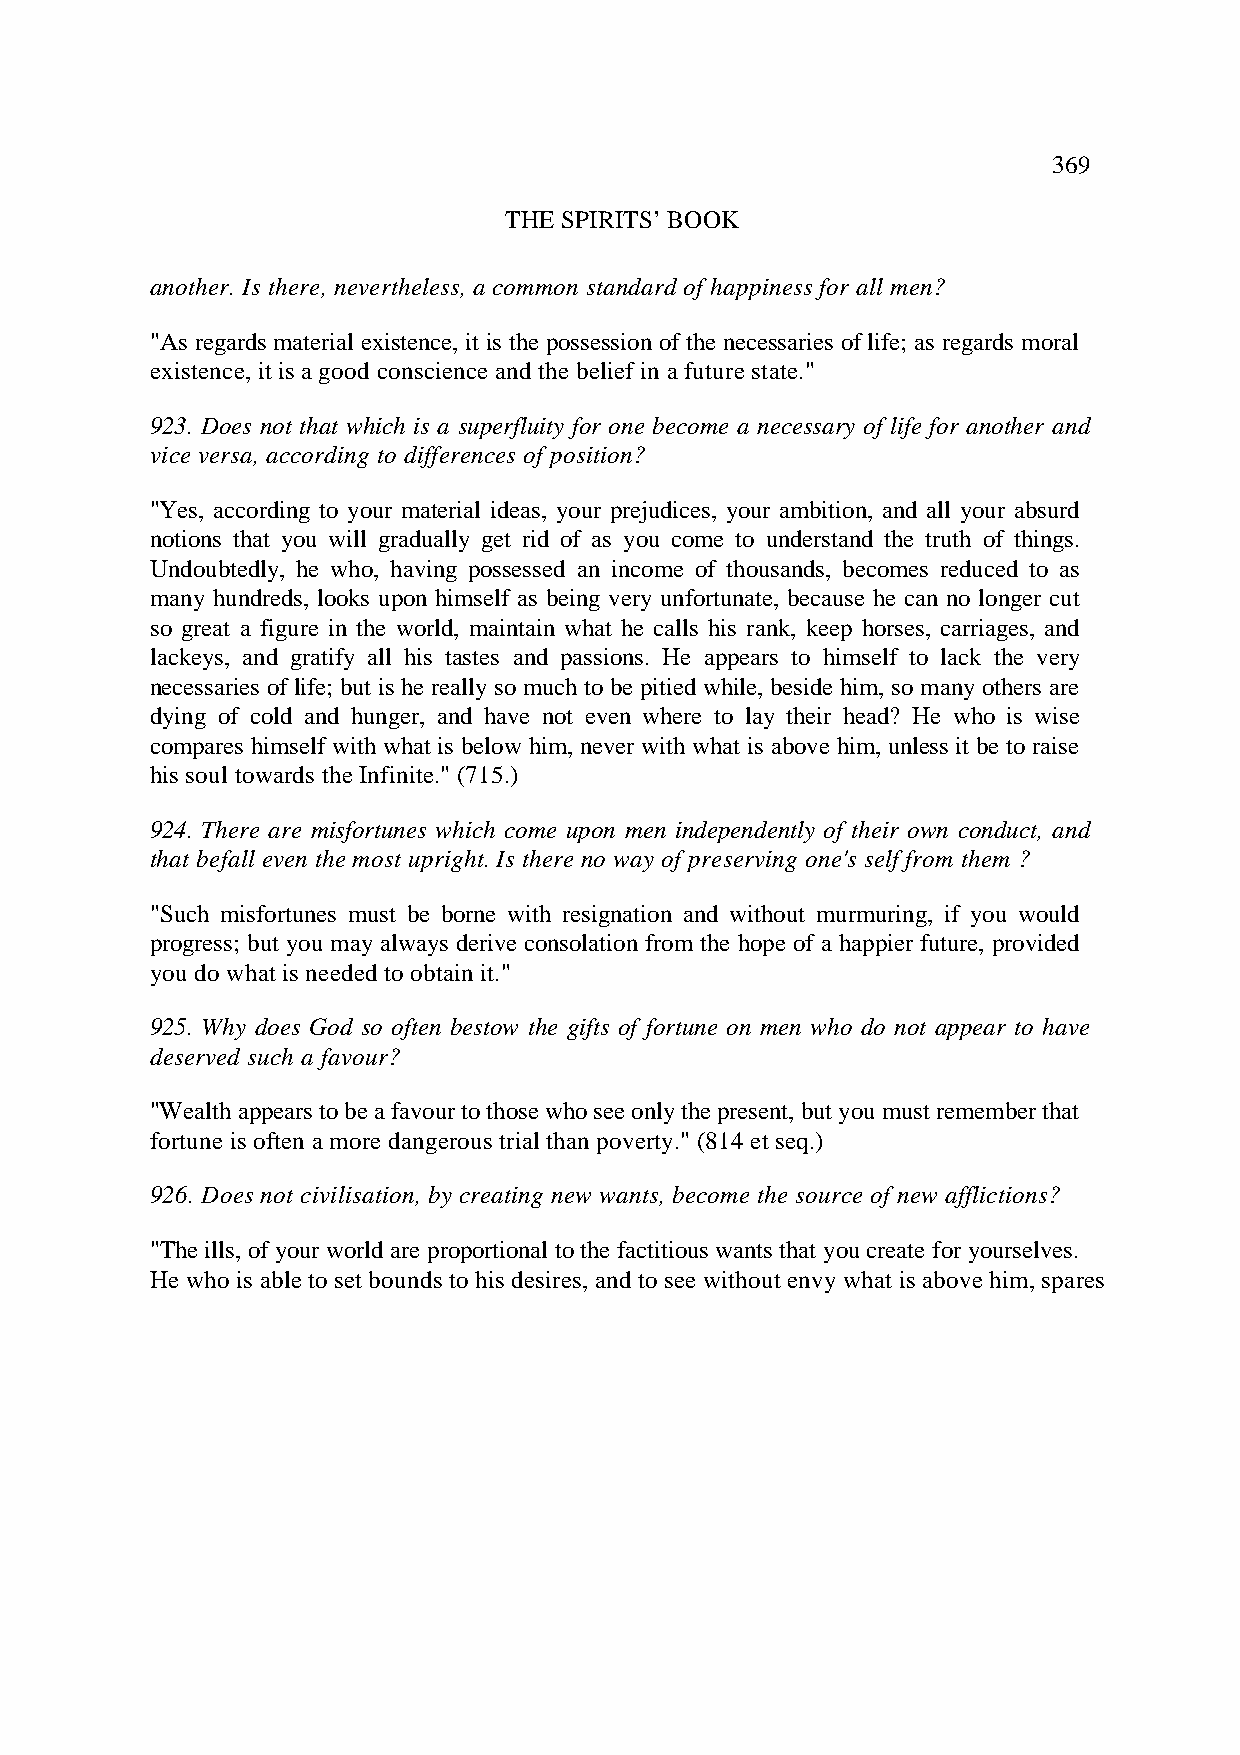
369
 THE SPIRITS’ BOOK
 another. Is there, nevertheless, a common standard of happiness for all men?
 "As regards material existence, it is the possession of the necessaries of life; as regards moral
 existence, it is a good conscience and the belief in a future state."
 923. Does not that which is a superfluity for one become a necessary of life for another and
 vice versa, according to differences of position?
 "Yes, according to your material ideas, your prejudices, your ambition, and all your absurd
 notions that you will gradually get rid of as you come to understand the truth of things.
 Undoubtedly, he who, having possessed an income of thousands, becomes reduced to as
 many hundreds, looks upon himself as being very unfortunate, because he can no longer cut
 so great a figure in the world, maintain what he calls his rank, keep horses, carriages, and
 lackeys, and gratify all his tastes and passions. He appears to himself to lack the very
 necessaries of life; but is he really so much to be pitied while, beside him, so many others are
 dying of cold and hunger, and have not even where to lay their head? He who is wise
 compares himself with what is below him, never with what is above him, unless it be to raise
 his soul towards the Infinite." (715.)
 924. There are misfortunes which come upon men independently of their own conduct, and
 that befall even the most upright. Is there no way of preserving one's self from them ?
 "Such misfortunes must be borne with resignation and without murmuring, if you would
 progress; but you may always derive consolation from the hope of a happier future, provided
 you do what is needed to obtain it."
 925. Why does God so often bestow the gifts of fortune on men who do not appear to have
 deserved such a favour?
 "Wealth appears to be a favour to those who see only the present, but you must remember that
 fortune is often a more dangerous trial than poverty." (814 et seq.)
 926. Does not civilisation, by creating new wants, become the source of new afflictions?
 "The ills, of your world are proportional to the factitious wants that you create for yourselves.
 He who is able to set bounds to his desires, and to see without envy what is above him, spares